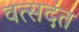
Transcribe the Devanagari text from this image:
वत्सदंत